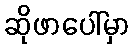
ဆိုဖာပေါ်မှာ